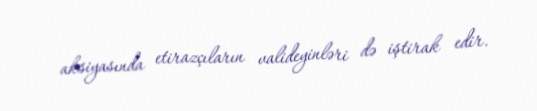
aksiyasında etirazçıların valideyinləri də iştirak edir.